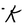
Character: K